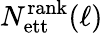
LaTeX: N_{\mathrm{ett}}^{\mathrm{rank}}(\ell)